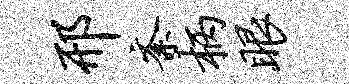
邢紊柄眼